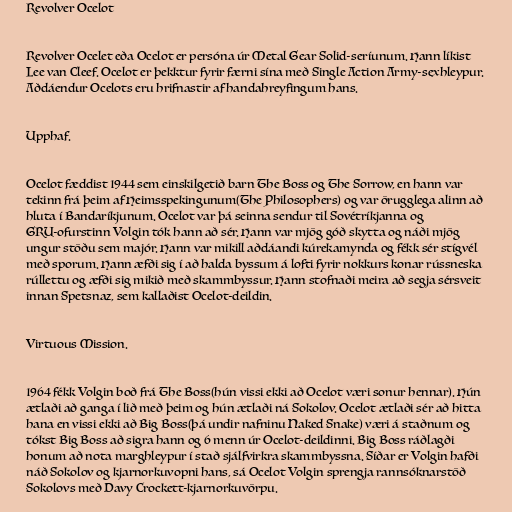
Revolver Ocelot

Revolver Ocelet eða Ocelot er persóna úr Metal Gear Solid-seríunum. Hann líkist
Lee van Cleef. Ocelot er þekktur fyrir færni sína með Single Action Army-sexhleypur.
Aðdáendur Ocelots eru hrifnastir af handahreyfingum hans.

Upphaf.

Ocelot fæddist 1944 sem einskilgetið barn The Boss og The Sorrow, en hann var
tekinn frá þeim af Heimsspekingunum(The Philosophers) og var örugglega alinn að
hluta í Bandaríkjunum. Ocelot var þá seinna sendur til Sovétríkjanna og
GRU-ofurstinn Volgin tók hann að sér. Hann var mjög góð skytta og náði mjög
ungur stöðu sem majór. Hann var mikill aðdáandi kúrekamynda og fékk sér stígvél
með sporum. Hann æfði sig í að halda byssum á lofti fyrir nokkurs konar rússneska
rúllettu og æfði sig mikið með skammbyssur. Hann stofnaði meira að segja sérsveit
innan Spetsnaz, sem kallaðist Ocelot-deildin.

Virtuous Mission.

1964 fékk Volgin boð frá The Boss(hún vissi ekki að Ocelot væri sonur hennar). Hún
ætlaði að ganga í lið með þeim og hún ætlaði ná Sokolov. Ocelot ætlaði sér að hitta
hana en vissi ekki að Big Boss(þá undir nafninu Naked Snake) væri á staðnum og
tókst Big Boss að sigra hann og 6 menn úr Ocelot-deildinni. Big Boss ráðlagði
honum að nota marghleypur í stað sjálfvirkra skammbyssna. Síðar er Volgin hafði
náð Sokolov og kjarnorkuvopni hans, sá Ocelot Volgin sprengja rannsóknarstöð
Sokolovs með Davy Crockett-kjarnorkuvörpu.